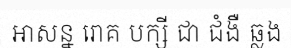
អាសន្ន រោគ បក្សី ជា ជំងឺ ឆ្លង